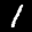
Label: 1